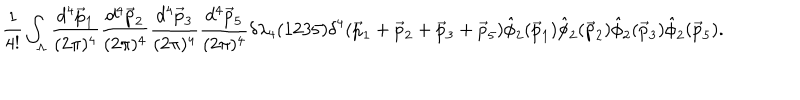
\frac { 1 } { 4 ! } \int _ { { \Lambda } } \frac { d ^ { 4 } \vec { p } _ { 1 } } { ( 2 { \pi } ) ^ { 4 } } \frac { d ^ { 4 } \vec { p } _ { 2 } } { ( 2 { \pi } ) ^ { 4 } } \frac { d ^ { 4 } \vec { p } _ { 3 } } { ( 2 { \pi } ) ^ { 4 } } \frac { d ^ { 4 } \vec { p } _ { 5 } } { ( 2 { \pi } ) ^ { 4 } } { \delta } { \lambda } _ { 4 } ( 1 2 3 5 ) { \delta } ^ { 4 } ( \vec { p } _ { 1 } + \vec { p } _ { 2 } + \vec { p } _ { 3 } + \vec { p } _ { 5 } ) \hat { \phi } _ { 2 } ( \vec { p } _ { 1 } ) \hat { \phi } _ { 2 } ( \vec { p } _ { 2 } ) \hat { \phi } _ { 2 } ( \vec { p } _ { 3 } ) \hat { \phi } _ { 2 } ( \vec { p } _ { 5 } ) .